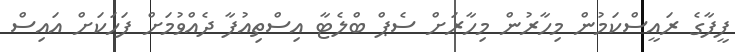
ފީފާގެ ރައީސްކަމުން މިހާރުން މިހާރަށް ސެޕް ބްލެޓާ އިސްތިއުފާ ދެއްވުމަށް ފަހަކަށް އައިސް